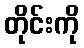
တိုင်းကို